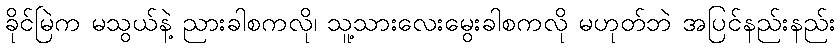
ခိုင်မြဲက မသွယ်နဲ့ ညားခါစကလို၊ သူ့သားလေးမွေးခါစကလို မဟုတ်ဘဲ အပြင်နည်းနည်း